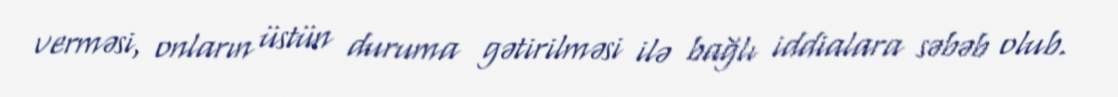
verməsi, onların üstün duruma gətirilməsi ilə bağlı iddialara səbəb olub.